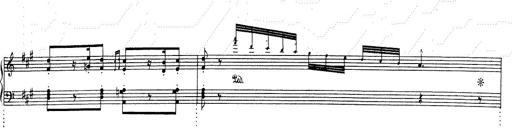
Title: RÃ©miniscences de Don Juan
Composer: Franz Liszt